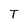
Character: T